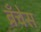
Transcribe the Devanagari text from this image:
ब्रँचेस